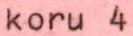
koru 4